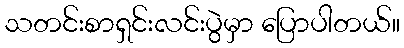
သတင်းစာရှင်းလင်းပွဲမှာ ပြောပါတယ်။